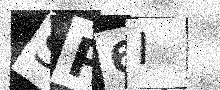
Text: SP6I